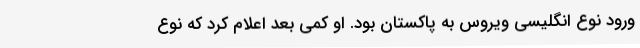
ورود نوع انگلیسی ویروس به پاکستان بود. او کمی بعد اعلام کرد که نوع